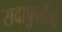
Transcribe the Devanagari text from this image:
सदाफुलीची